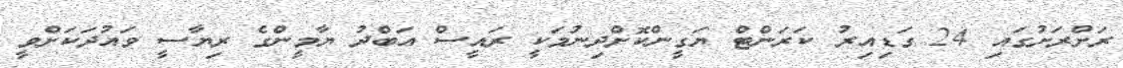
ރަށްރަށުގައި 24 ގަޑިއިރު ކަރަންޓް ޔަގީންކޮށްދިނުމަކީ ރައީސް އަބްދު ޔާމީންގެ ރިޔާސީ ވައުދަކަށްވީ